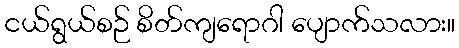
ငယ်ရွယ်စဉ် စိတ်ကျရောဂါ ပျောက်သလား။